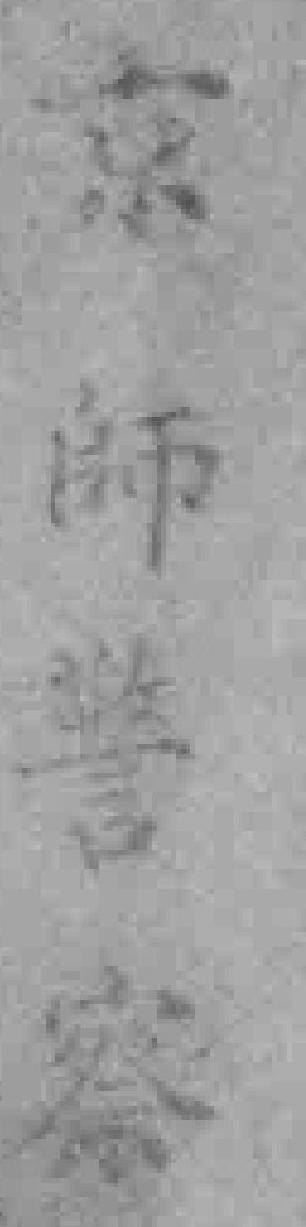
京師警察